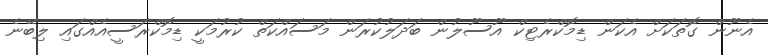
އެނޫން ގޮތަކަށް އެކަން ޑިމޮކްރެޓިކް އޫސޫލުން ބަދަލުކުރަން މަސައްކަތް ކުރުމަކީ ޑިމޮކްރަސީއެއްގައި ލިބޭނެ